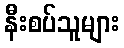
နီးစပ်သူများ